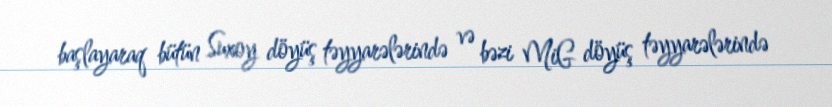
başlayaraq bütün Suxoy döyüş təyyarələrində və bəzi MiG döyüş təyyarələrində